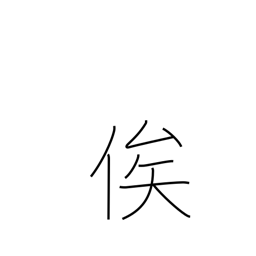
Meaning: depend on